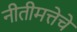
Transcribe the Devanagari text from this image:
नीतीमत्तेचे